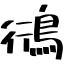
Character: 鴴